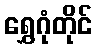
ရွှေဂုံတိုင်